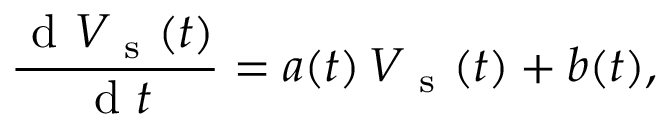
\frac { \mathrm { ~ d ~ } V _ { \mathrm { ~ s ~ } } ( t ) } { \mathrm { ~ d ~ } t } = a ( t ) \, V _ { \mathrm { ~ s ~ } } ( t ) + b ( t ) ,